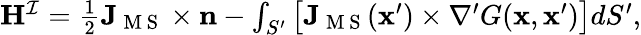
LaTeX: \begin{array}{r}{\mathbf{H}^{\mathcal{I}}=\frac{1}{2}\mathbf{J}_{\mathrm{~M~S~}}\times\mathbf{n}-\int_{S^{\prime}}\big[\mathbf{J}_{\mathrm{~M~S~}}(\mathbf{x}^{\prime})\times\nabla^{\prime}G(\mathbf{x},\mathbf{x}^{\prime})\big]dS^{\prime},}\end{array}